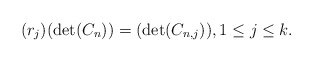
\begin{align*} (r_{j})(\det(C_{n}))= (\det(C_{n,j})), 1\leq j\leq k.\end{align*}